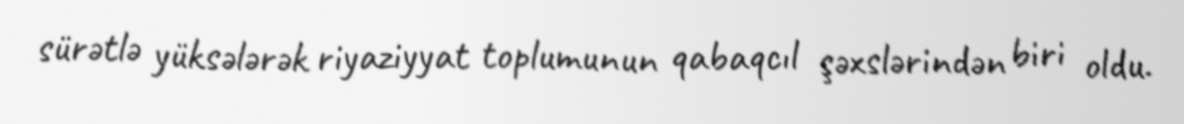
sürətlə yüksələrək riyaziyyat toplumunun qabaqcıl şəxslərindən biri oldu.